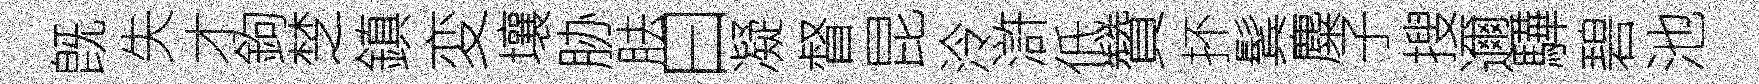
旣失才鉤椘鎮変壤胁胠曰凝督昆泠滸低贊抔鬂麋子搜邇驊碧池